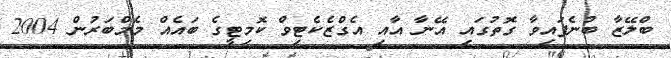
ބްލޭޒާ ބުނެފައިވާ ގޮތުގައި އޭނާ އާއި އެގްޒެކެޓިވް ކޮމިޓީގެ ބައެއް މެމްބަރުން 2004